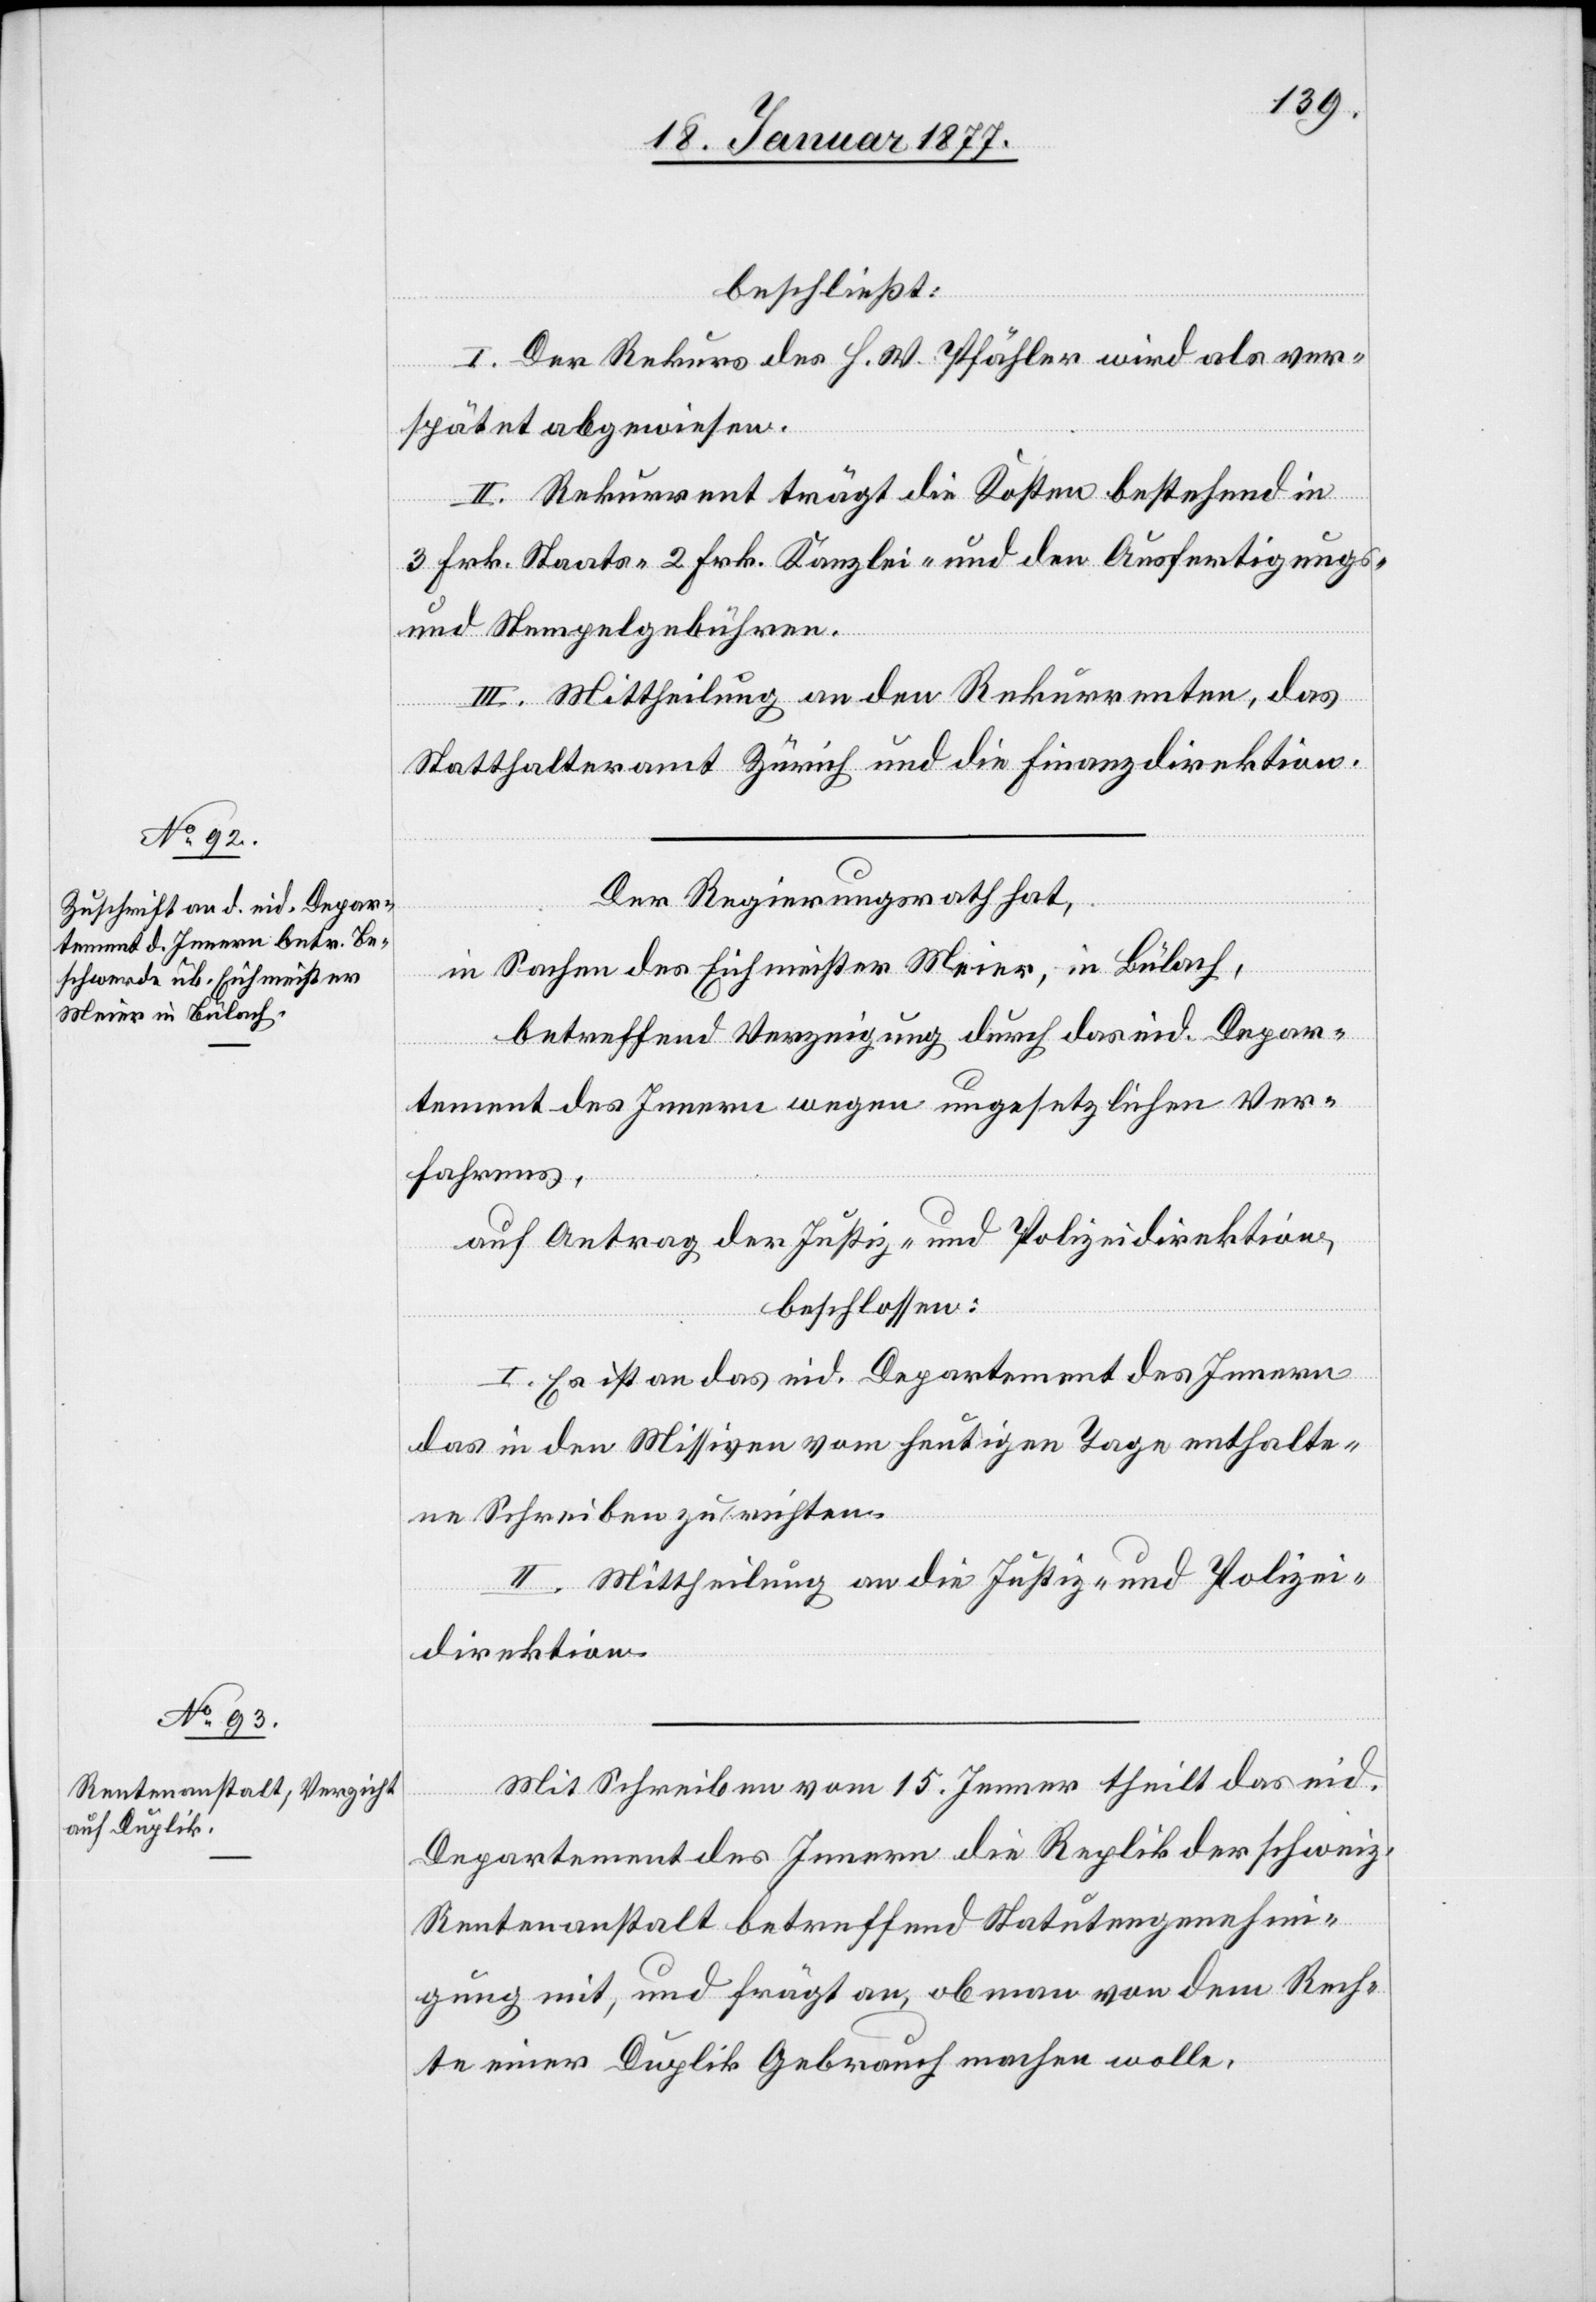
beschließt:
I. Der Rekurs des H. W. Pfähler wird als ver¬
spätet abgewiesen.
II. Rekurrent trägt die Kosten bestehend in
3 Frk. Staats-[,] 2 Frk. Kanzlei- und den Ausfertigungs-
und Stempelgebühren.
III. Mittheilung an den Rekurrenten, das
Statthalteramt Zürich und die Finanzdirektion.
Der Regierungsrath hat,
in Sachen des Eichmeister Meier, in Bülach,
betreffend Verzeigung durch das eid. Depar¬
tement des Innern wegen ungesetzlichen Ver¬
fahrens,
auf Antrag der Justiz- und Polizeidirektion,
beschlossen:
I. Es ist an das eid. Departement des Innern
das in den Missiven vom heutigen Tage enthalte¬
ne Schreiben zu richten.
II. Mittheilung an die Justiz- und Polizei¬
direktion.
Mit Schreiben vom 15. Jenner theilt das eid.
Departement des Innern die Replik der schweiz.
Rentenanstalt betreffend Statutengenehmi¬
gung mit, und frägt an, ob man von dem Rech¬
te einer Duplik Gebrauch machen wolle.